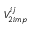
V _ { 2 i m p } ^ { i j }